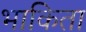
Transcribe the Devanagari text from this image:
भाकिता